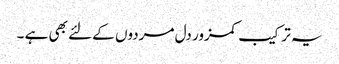
یہ ترکیب کمزور دل مردوں کے لئے بھی ہے ۔